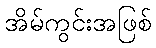
အိမ်ကွင်းအဖြစ်